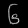
Digit: ၆